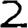
Digit: 2